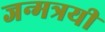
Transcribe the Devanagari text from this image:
जन्मत्रयी